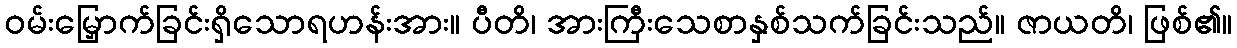
ဝမ်းမြှောက်ခြင်းရှိသောရဟန်းအား။ ပီတိ၊ အားကြီးသေစာနှစ်သက်ခြင်းသည်။ ဇာယတိ၊ ဖြစ်၏။